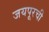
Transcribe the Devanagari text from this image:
जयपूरची